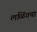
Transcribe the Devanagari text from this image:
लळिंगचा